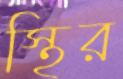
স্থির